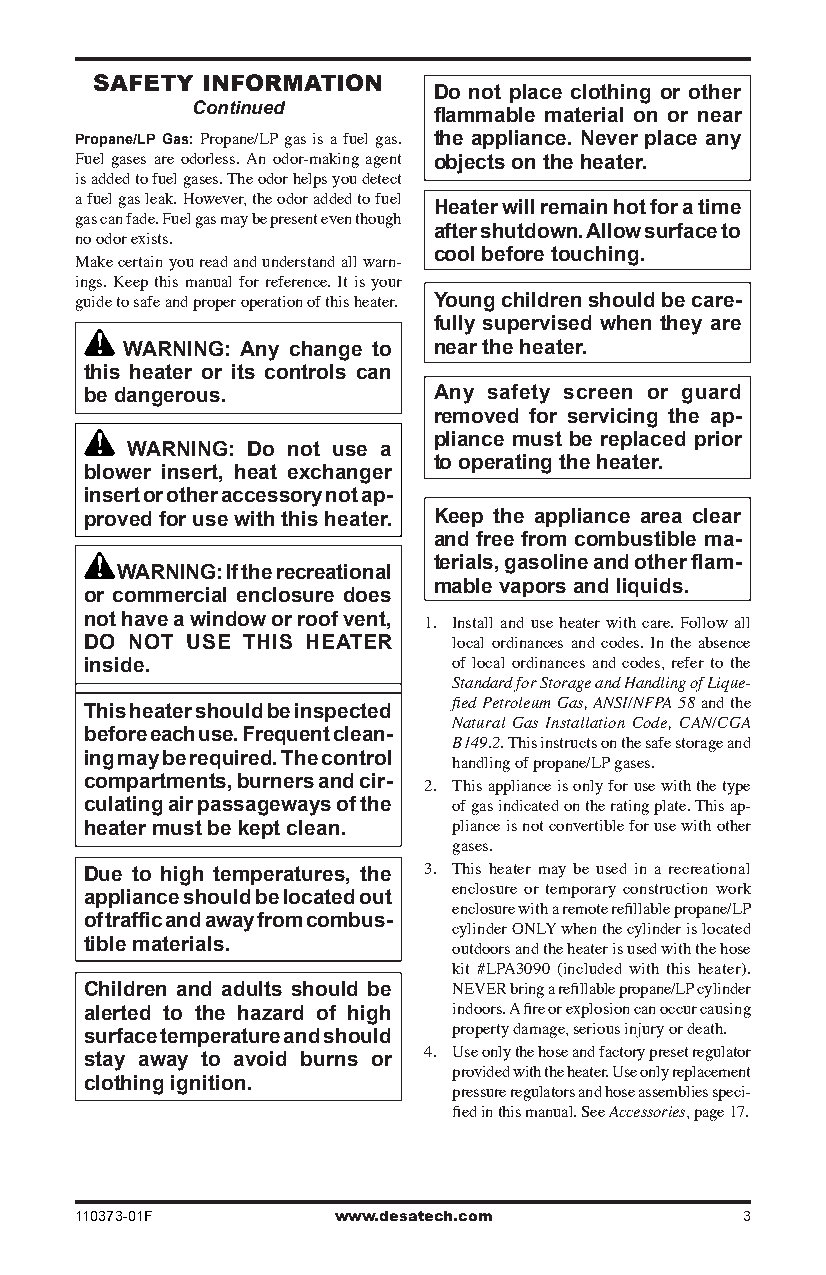
saFeTy InFoRMaTIon
 Do not place clothing or other
 Continued       flammable material on or near
 Propane/LP Gas: Propane/LP gas is a fuel gas. the appliance. Never place any
 Fuel gases are odorless. An odor-making agent objects on the heater.
 is added to fuel gases. The odor helps you detect
 a fuel gas leak. However, the odor added to fuel Heater will remain hot for a time
 gas can fade. Fuel gas may be present even though
 after shutdown. Allow surface to
 no odor exists.
 cool before touching.
 Make certain you read and understand all warn-
 ings. Keep this manual for reference. It is your
 Young children should be care-
 guide to safe and proper operation of this heater.
 fully supervised when they are
 WARNING: Any change to near the heater.
 this heater or its controls can
 be dangerous.          Any safety screen or guard
 removed for servicing the ap-
 pliance must be replaced prior
 WARNING: Do not use a
 to operating the heater.
 blower insert, heat exchanger
 insert or other accessory not ap-
 proved for use with this heater. Keep the appliance area clear
 and free from combustible ma-
 terials, gasoline and other flam-
 WARNING: If the recreational
 mable vapors and liquids.
 or commercial enclosure does
 not have a window or roof vent,
 1. Install and use heater with care. Follow all
 DO NOT USE THIS HEATER  local ordinances and codes. In the absence
 inside.                 of local ordinances and codes, refer to the
 Standard for Storage and Handling of Lique-
 This heater should be inspected fied Petroleum Gas, ANSI/NFPA 58 and the
 Natural Gas Installation Code, CAN/CGA
 before each use. Frequent clean-
 B149.2. This instructs on the safe storage and
 ing may be required. The control
 handling of propane/LP gases.
 compartments, burners and cir-
 2. This appliance is only for use with the type
 culating air passageways of the of gas indicated on the rating plate. This ap-
 heater must be kept clean. pliance is not convertible for use with other
 gases.
 Due to high temperatures, the 3. This heater may be used in a recreational
 appliance should be located out enclosure or temporary construction work
 enclosure with a remote refillable propane/LP
 of traffic and away from combus-
 cylinder ONLY when the cylinder is located
 tible materials.
 outdoors and the heater is used with the hose
 kit #LPA3090 (included with this heater).
 Children and adults should be NEVER bring a refillable propane/LP cylinder
 alerted to the hazard of high indoors. A fire or explosion can occur causing
 surface temperature and should property damage, serious injury or death.
 stay away to avoid burns or 4. Use only the hose and factory preset regulator
 clothing ignition.      provided with the heater. Use only replacement
 pressure regulators and hose assemblies speci-
 fied in this manual. See Accessories, page 17.
 110373-01F       www.desatech.com           3